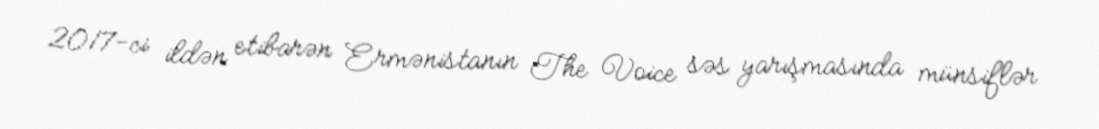
2017-ci ildən etibarən Ermənistanın The Voice səs yarışmasında münsiflər